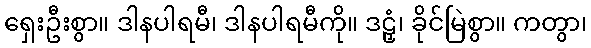
ရှေးဦးစွာ။ ဒါနပါရမီ၊ ဒါနပါရမီကို။ ဒဠှံ၊ ခိုင်မြဲစွာ။ ကတွာ၊